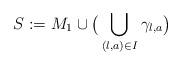
LaTeX: \begin{align*} S:=M_1\cup \big (\bigcup_{(l,a)\in I} \gamma_{l,a}\big)\end{align*}